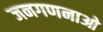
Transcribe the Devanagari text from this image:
जनगणनाओ